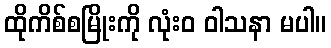
ထိုကိစ်စမြိုးကို လုံးဝ ဝါသနာ မပါ။